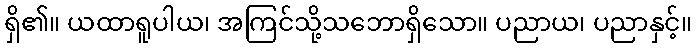
ရှိ၏။ ယထာရူပါယ၊ အကြင်သို့သဘောရှိသော။ ပညာယ၊ ပညာနှင့်။